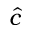
\hat { c }